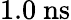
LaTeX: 1.0~\mathrm{ns}